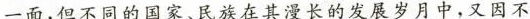
一面，但不同的国家、民族在拒漫长的发展岁月中，又因不